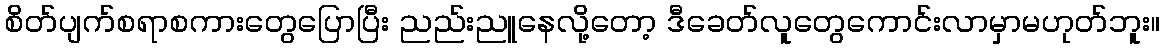
စိတ်ပျက်စရာစကားတွေပြောပြီး ညည်းညူနေလို့တော့ ဒီခေတ်လူတွေကောင်းလာမှာမဟုတ်ဘူး။